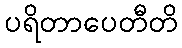
ပရိတာပေတီတိ